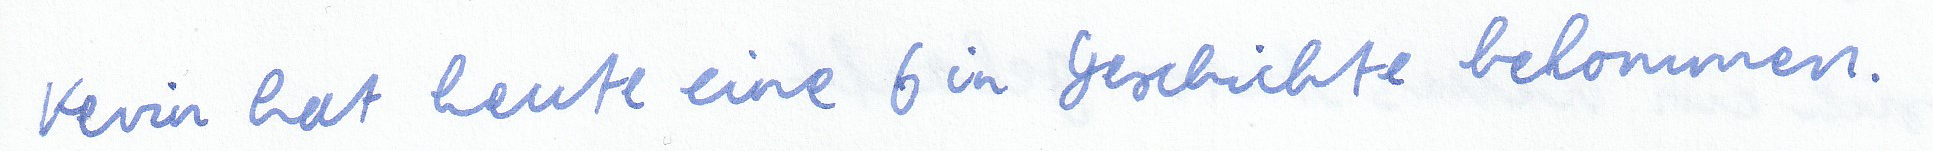
Kevin hat heute eine 6 in Geschichte bekommen.